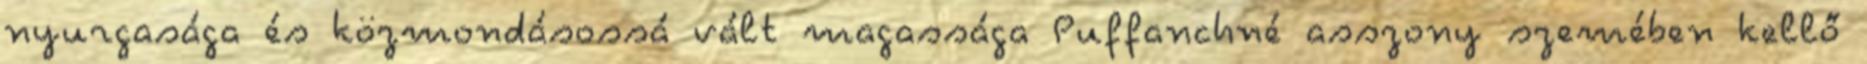
nyurgasága és közmondásossá vált magassága Puffanchné asszony szemében kellő